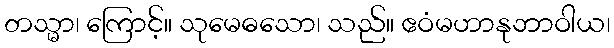
တသ္မာ၊ ကြောင့်။ သုမေဓသော၊ သည်။ ဧဝံမဟာနုဘာဝါယ၊